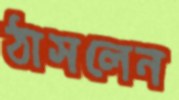
ঠাসলেন